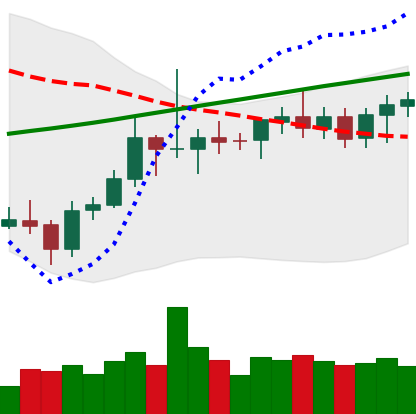
Ticker: ETC-USD
Chart end date: 2021-08-06
Forward return: 14.909%
Label: up_7plus